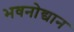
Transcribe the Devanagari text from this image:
भवनोद्यान